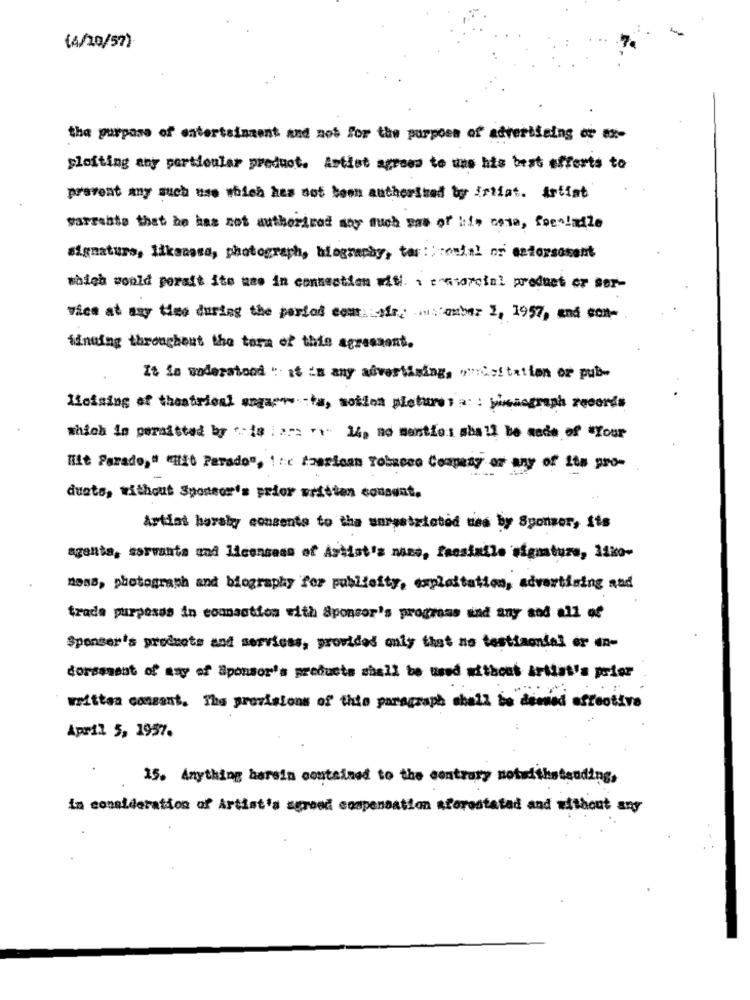
(4/20/57)
the purpose of entertainment and not for the purpose of advertising or #x-
sloiting any particular product. Astist agrees to une his best efforts to
prevent any such use which has not been authorized by Artist. Artist
warrabia that he has not authorized may such was of his cosa, focoladle
signature, likacasa, photograph, biography, tar: : : ouial or estorsasent
which would peralt ite use in connection wifi. , eresorcial product or ser-
vies at any time during the period com sie w mber 2, 1957, and con-
finning throughout the term of this agreement.
It is understood " 18 's any advertising, wwiisitation or pub-
Lisising of theatrical ungar-ta, motion pictures a : jusaograph records
which is permitted by :- is : ===== 14, no mantios shall be made of "your
Hit Parade," (H10 Parado", 1 :: c tzerican Tobacco Company or any of its pro-
duets, without Sponsor's prior written consent.
Artist haraly consente to the unrestricted ties by Sponsor, its
agente, servants and licensees of Artist's nano, facsimile signature, 1sko-
moss, photograph and biography for publicity, exploitation, advertising and
trada purposes in connection with Sponsor's programs and any and all of
Sponser's prodnets and services, provided only that ne testiaonial er en-
dorsement of may of Sponsor's products shall be used without artist's prier
written consent. The provisions of this paragraph shall be deemed effective
April 5, 1957.
15. Anything herein contained to the contrary notwithstanding,
in consideration of Artist's agreed compensation aforostatad and without any